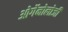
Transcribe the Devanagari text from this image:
ओर्गेनोलोजी